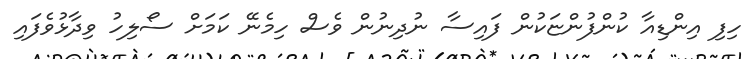
ހިފި އިންޑިއާ ކުންފުންޏަކުން ފައިސާ ނުދިނުން ވެސް ހިމެނޭ ކަމަށް ސޯލިހު ވިދާޅުވެފައި